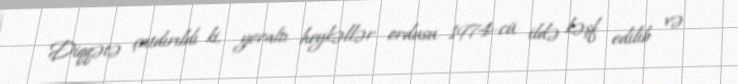
Diqqətə çatdırıldı ki, yeraltı heykəllər ordusu 1974-cü ildə kəşf edilib və